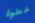
خطوة